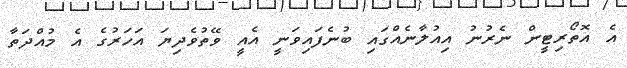
އެ އޮތޯރިޓީން ނެރުނު އިއުލާނެއްގައި ބުނެފައިވަނީ އެއީ ވޭތުވެދިޔަ އަހަރުގެ އެ މުއްދަތާ